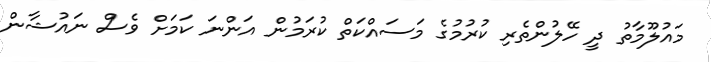
މައުލޫމާތު ދީ ހޭލުންތެރި ކުރުމުގެ މަސައްކަތް ކުރަމުން އަންނަ ކަމަށް ވެސް ނައުޝާން